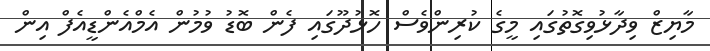
މާޔިޒް ވިދާޅުވިގޮތުގައި މީގެ ކުރިންވެސް ހޮޅުދޫގައި ފެން ބޮޑު ވުމުން އެމްއެންޑީއެފް އިން